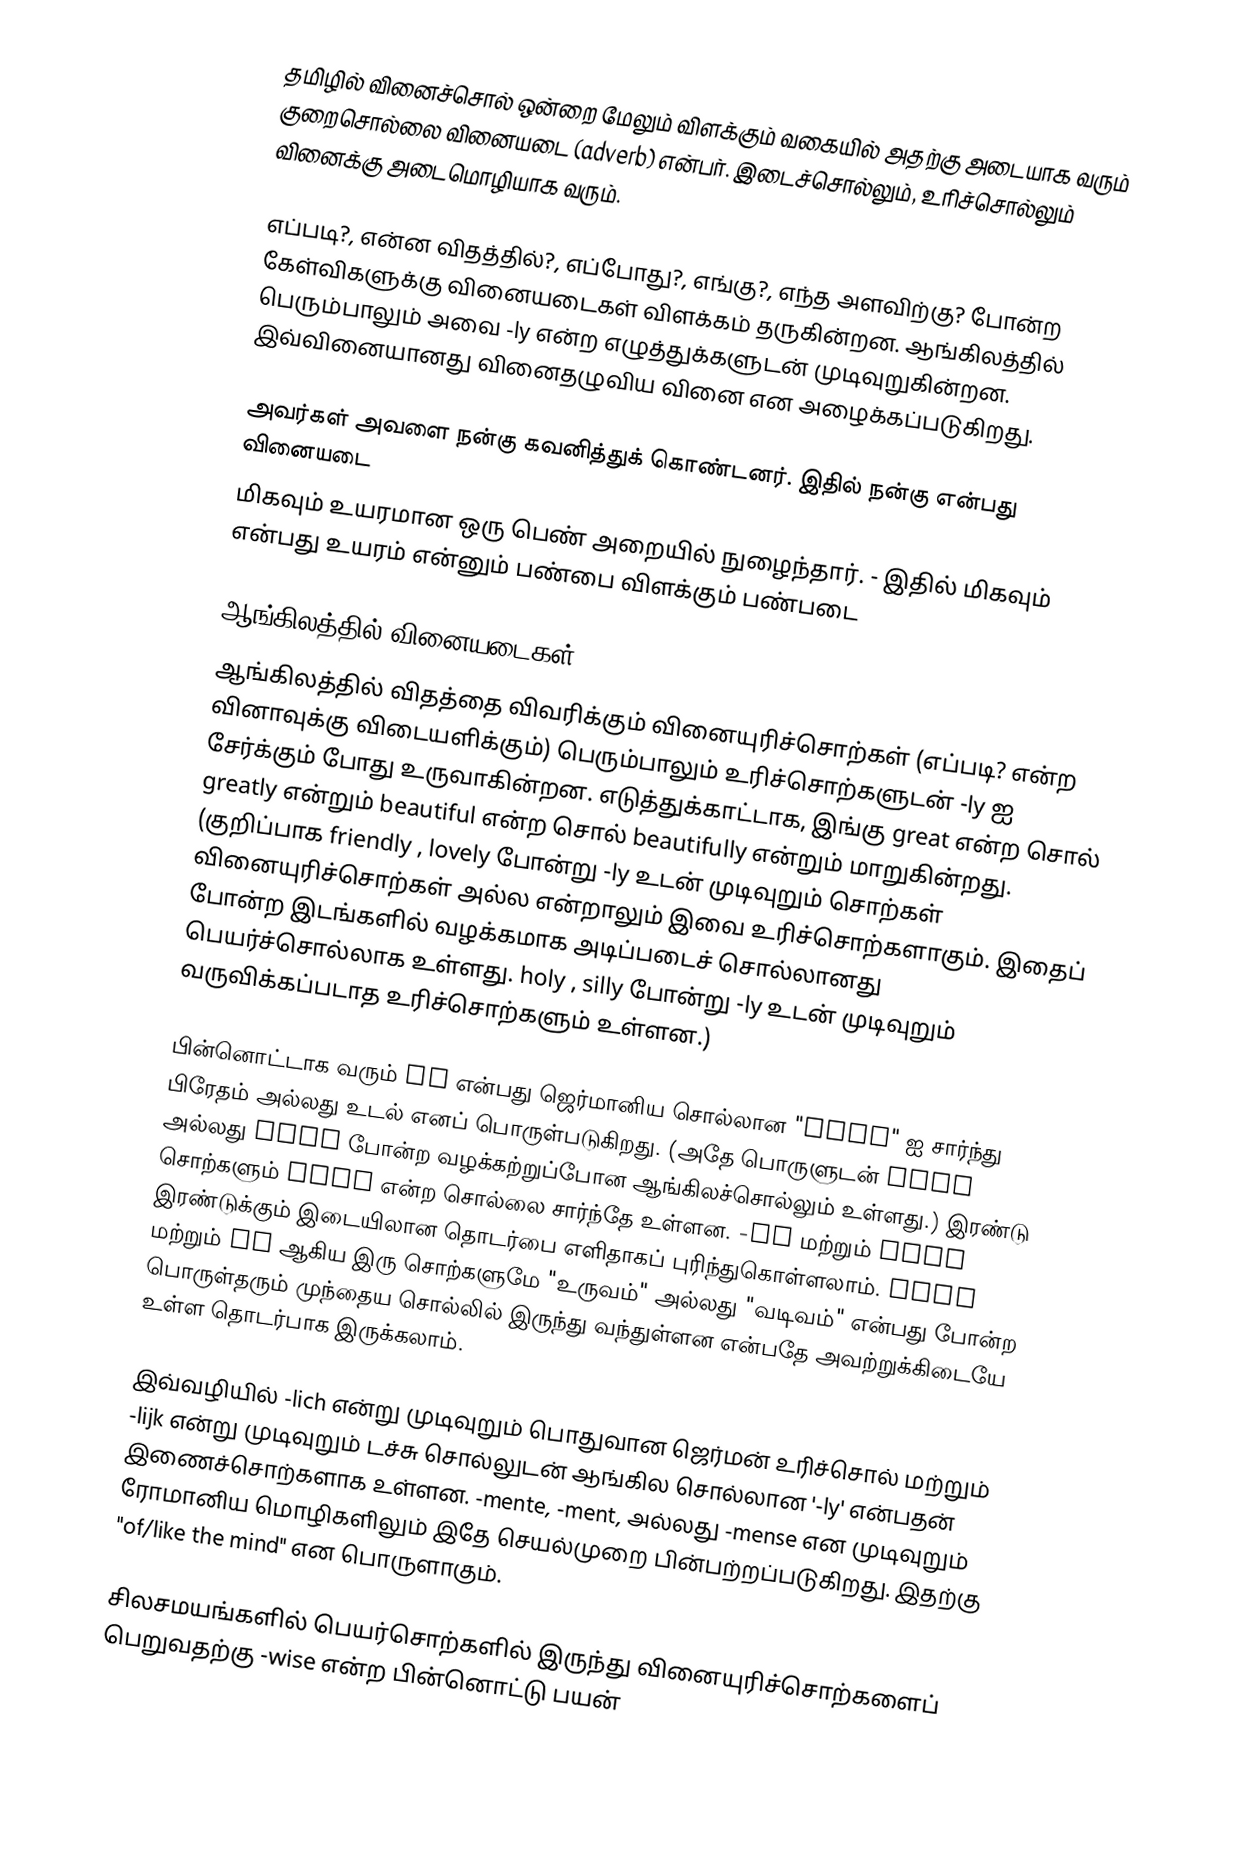
தமிழில் வினைச்சொல் ஒன்றை மேலும் விளக்கும் வகையில் அதற்கு அடையாக வரும் குறைசொல்லை  வினையடை (adverb)  என்பர். இடைச்சொல்லும், உரிச்சொல்லும் வினைக்கு அடைமொழியாக வரும்.

எப்படி?, என்ன விதத்தில்?, எப்போது?, எங்கு?, எந்த அளவிற்கு? போன்ற கேள்விகளுக்கு வினையடைகள் விளக்கம் தருகின்றன. ஆங்கிலத்தில் பெரும்பாலும் அவை -ly என்ற எழுத்துக்களுடன் முடிவுறுகின்றன. இவ்வினையானது வினைதழுவிய வினை என அழைக்கப்படுகிறது.

அவர்கள் அவளை நன்கு கவனித்துக் கொண்டனர். இதில் நன்கு என்பது வினையடை
மிகவும் உயரமான ஒரு பெண் அறையில் நுழைந்தார்.  - இதில் மிகவும் என்பது உயரம் என்னும் பண்பை விளக்கும் பண்படை

ஆங்கிலத்தில் வினையடைகள்
ஆங்கிலத்தில் விதத்தை விவரிக்கும் வினையுரிச்சொற்கள் (எப்படி? என்ற வினாவுக்கு விடையளிக்கும்) பெரும்பாலும் உரிச்சொற்களுடன் -ly ஐ சேர்க்கும் போது உருவாகின்றன. எடுத்துக்காட்டாக, இங்கு great என்ற சொல் greatly என்றும் beautiful என்ற சொல் beautifully என்றும் மாறுகின்றது. (குறிப்பாக friendly , lovely போன்று -ly உடன் முடிவுறும் சொற்கள் வினையுரிச்சொற்கள் அல்ல என்றாலும் இவை உரிச்சொற்களாகும். இதைப் போன்ற இடங்களில் வழக்கமாக அடிப்படைச் சொல்லானது பெயர்ச்சொல்லாக உள்ளது. holy , silly போன்று -ly உடன் முடிவுறும் வருவிக்கப்படாத உரிச்சொற்களும் உள்ளன.)

பின்னொட்டாக வரும் ly என்பது ஜெர்மானிய சொல்லான "lich" ஐ சார்ந்து பிரேதம் அல்லது உடல் எனப் பொருள்படுகிறது. (அதே பொருளுடன் lych அல்லது lich போன்ற வழக்கற்றுப்போன ஆங்கிலச்சொல்லும் உள்ளது.) இரண்டு சொற்களும் like என்ற சொல்லை சார்ந்தே உள்ளன. -ly மற்றும் like இரண்டுக்கும் இடையிலான தொடர்பை எளிதாகப் புரிந்துகொள்ளலாம். lich மற்றும் ly ஆகிய இரு சொற்களுமே "உருவம்" அல்லது "வடிவம்" என்பது போன்ற பொருள்தரும் முந்தைய சொல்லில் இருந்து வந்துள்ளன என்பதே அவற்றுக்கிடையே உள்ள தொடர்பாக இருக்கலாம்.

இவ்வழியில் -lich என்று முடிவுறும் பொதுவான ஜெர்மன் உரிச்சொல் மற்றும் -lijk என்று முடிவுறும் டச்சு சொல்லுடன் ஆங்கில சொல்லான '-ly' என்பதன் இணைச்சொற்களாக உள்ளன. -mente, -ment, அல்லது -mense என முடிவுறும் ரோமானிய மொழிகளிலும் இதே செயல்முறை பின்பற்றப்படுகிறது. இதற்கு "of/like the mind" என பொருளாகும்.

சிலசமயங்களில் பெயர்சொற்களில் இருந்து வினையுரிச்சொற்களைப் பெறுவதற்கு -wise என்ற பின்னொட்டு பயன்